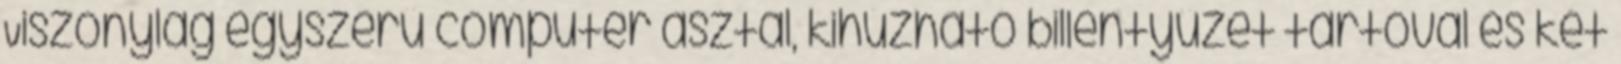
Viszonylag egyszerű computer asztal, kihúzható billentyűzet tartóval és két